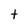
Character: t